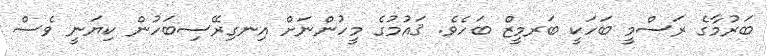
ބަރުމާގެ ރަސްމީ ބަހަކީ ބަރމީޒް ބަހެވެ. ޤައުމުގެ މީހުންނަށް އިނގިރޭސިބަހުން ކިޔަނީ ވެސް